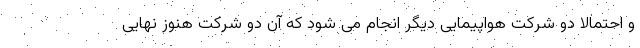
و احتمالا دو شرکت هواپیمایی دیگر انجام می شود که آن دو شرکت هنوز نهایی